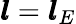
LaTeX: \pmb{l}=\pmb{l}_{E}